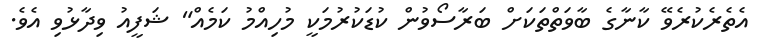
އެތެރެކުރެވޭ ކާނާގެ ބާވަތްތަކަށް ބަރާސޯވުން ކުޑަކުރުމަކީ މުހިއްމު ކަމެއް" ޝަފީއު ވިދާޅުވި އެވެ.